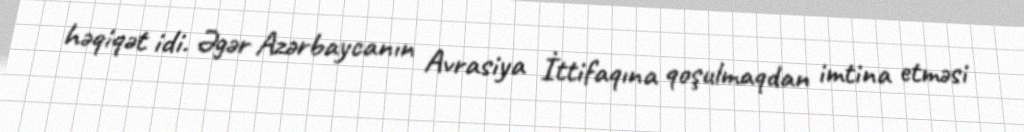
həqiqət idi. Əgər Azərbaycanın Avrasiya İttifaqına qoşulmaqdan imtina etməsi